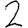
Digit: 2